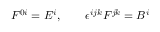
F ^ { 0 i } = E ^ { i } , \qquad \epsilon ^ { i j k } F ^ { j k } = B ^ { i }